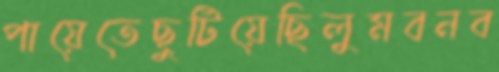
পায়েতেছুটিয়েছিলুমবনব